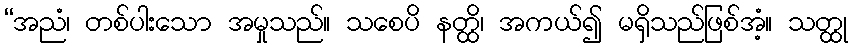
“အညံ၊ တစ်ပါးသော အမှုသည်။ သစေပိ နတ္ထိ၊ အကယ်၍ မရှိသည်ဖြစ်အံ့။ သတ္ထု